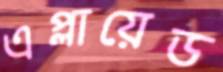
এপ্লায়েড